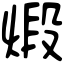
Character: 煅